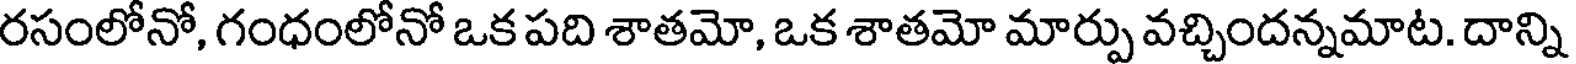
రసంలోనో, గంధంలోనో ఒక పది శాతమో, ఒక శాతమో మార్పు వచ్చిందన్నమాట. దాన్ని